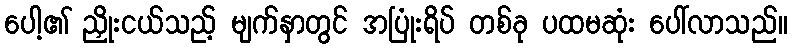
ပေါ့၏ ညှိုးငယ်သည့် မျက်နှာတွင် အပြုံးရိပ် တစ်ခု ပထမဆုံး ပေါ်လာသည်။